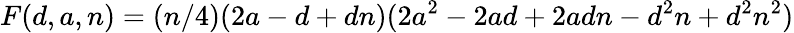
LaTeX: F(d,a,n)=(n/4)(2a-d+dn)(2a^{2}-2ad+2adn-d^{2}n+d^{2}n^{2})